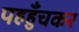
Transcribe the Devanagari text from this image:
पहहुँचकर